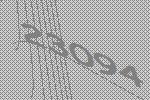
23094